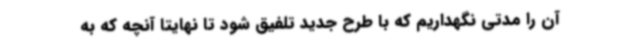
آن را مدتی نگهداریم که با طرح جدید تلفیق شود تا نهایتا آنچه که به